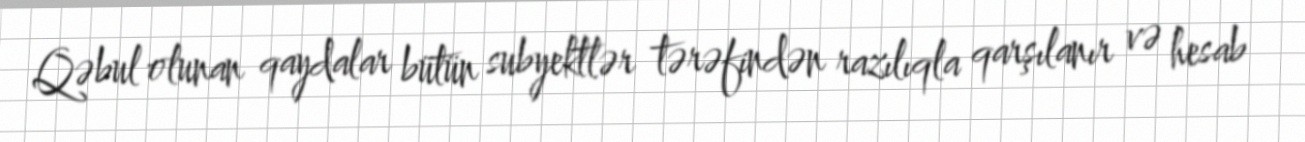
Qəbul olunan qaydalar bütün subyektlər tərəfindən razılıqla qarşılanır və hesab